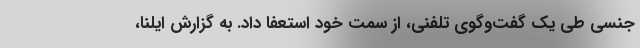
جنسی طی یک گفت‌و‌گوی تلفنی، از سمت خود استعفا داد. به گزارش ایلنا،